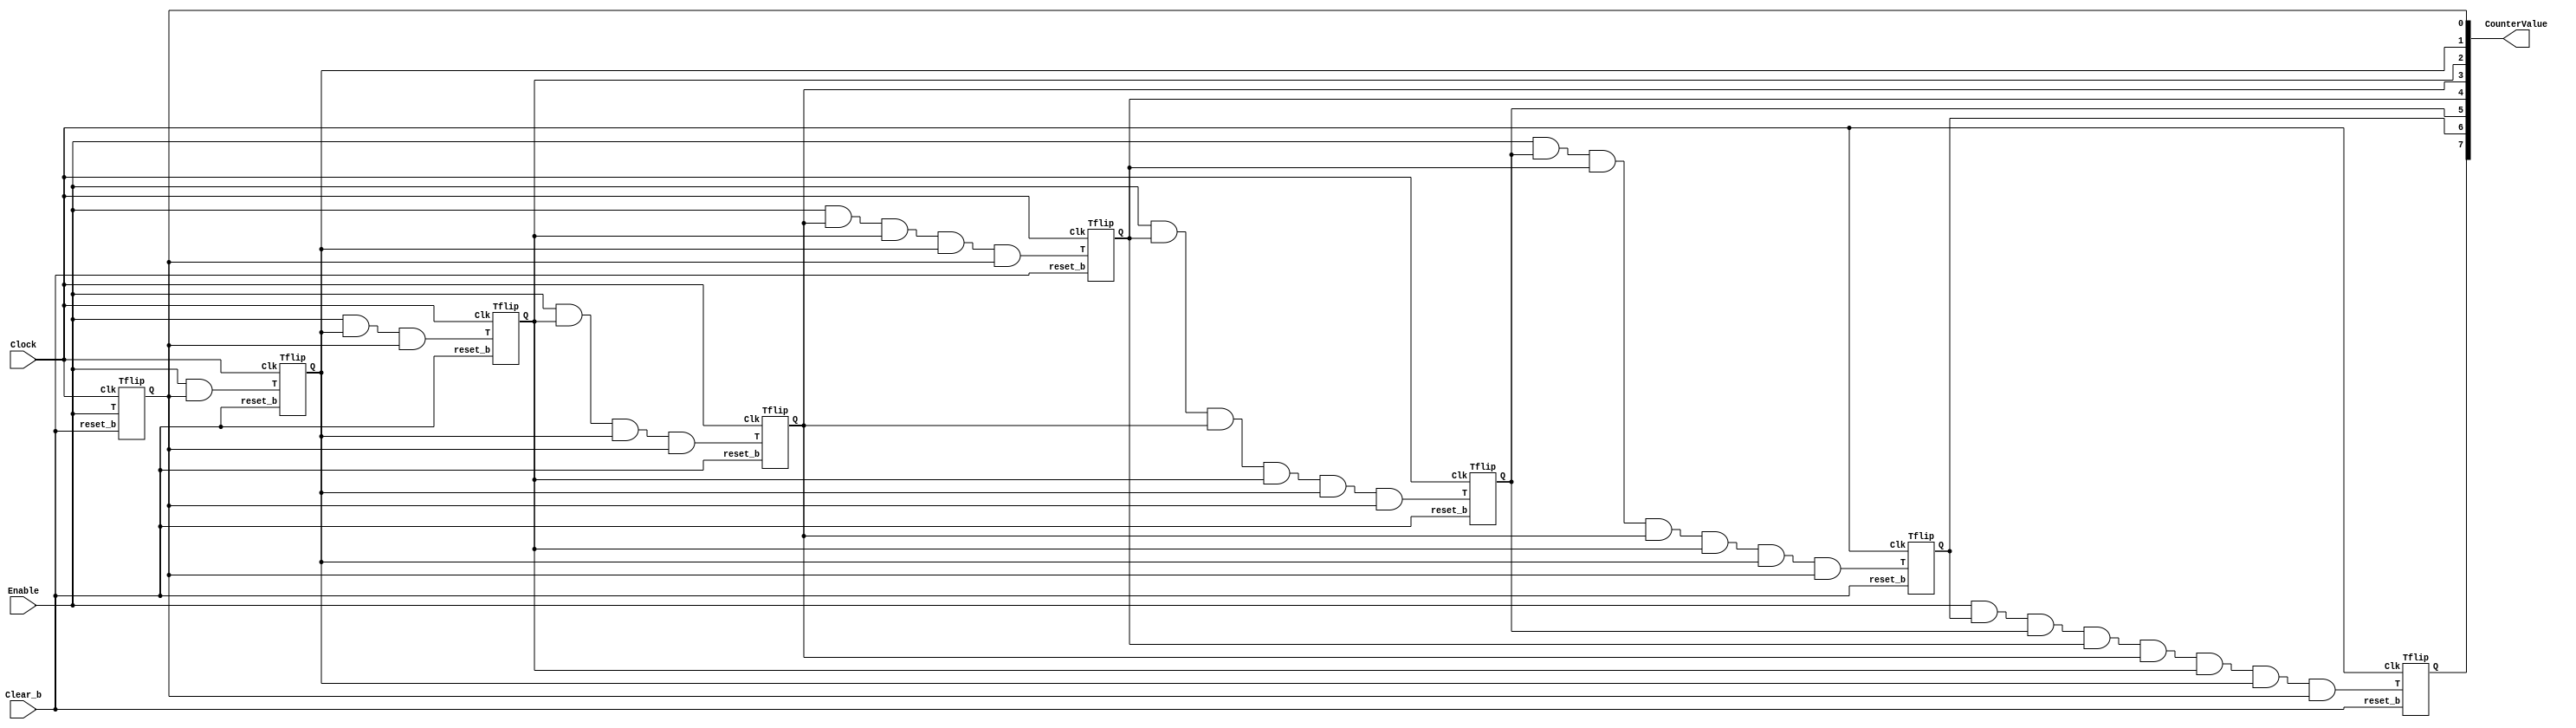

module part1(Clock, Enable, Clear_b, CounterValue);
	
	input Clock, Enable, Clear_b;
	output [7:0] CounterValue;
	

Tflip tt(Enable, Clear_b, Clock, CounterValue[0]);
Tflip t2(Enable & CounterValue[0], Clear_b, Clock, CounterValue[1]);
Tflip t3(Enable & CounterValue[1] & CounterValue[0], Clear_b, Clock, CounterValue[2]);
Tflip t4(Enable & CounterValue[2] & CounterValue[1] & CounterValue[0], Clear_b, Clock, CounterValue[3]);
Tflip t5(Enable & CounterValue[3] & CounterValue[2] & CounterValue[1] & CounterValue[0], Clear_b, Clock, CounterValue[4]);
Tflip t6(Enable & CounterValue[4] & CounterValue[3] & CounterValue[2] & CounterValue[1] & CounterValue[0], Clear_b, Clock, CounterValue[5]);
Tflip t7(Enable & CounterValue[5] & CounterValue[4] & CounterValue[3] & CounterValue[2] & CounterValue[1] & CounterValue[0], Clear_b, Clock, CounterValue[6]);
Tflip t8(Enable & CounterValue[6] & CounterValue[5] & CounterValue[4] & CounterValue[3] & CounterValue[2] & CounterValue[1] & CounterValue[0], Clear_b, Clock, CounterValue[7]);

endmodule 

module Tflip(input T, reset_b, Clk, output reg Q);

	always @(posedge Clk) begin
	
		if(!reset_b)
			Q <= 1'b0;
		else 
			if(T == 1)
				Q <= !Q;
			else
				Q <= Q;
	
	end

endmodule